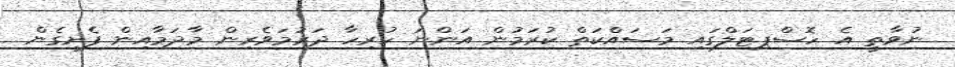
ނުވާތީ އެ ހޮސްޕިޓަލްގައި މަސައްކަތް ކުރަމުން އަންނަ ހުރިހާ ދަރުމަވެރިން މާދަމާއިން ފެށިގެން